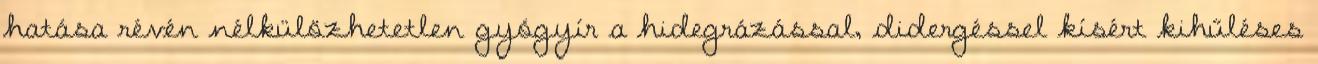
hatása révén nélkülözhetetlen gyógyír a hidegrázással, didergéssel kísért kihűléses